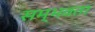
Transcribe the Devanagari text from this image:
सम्भवता